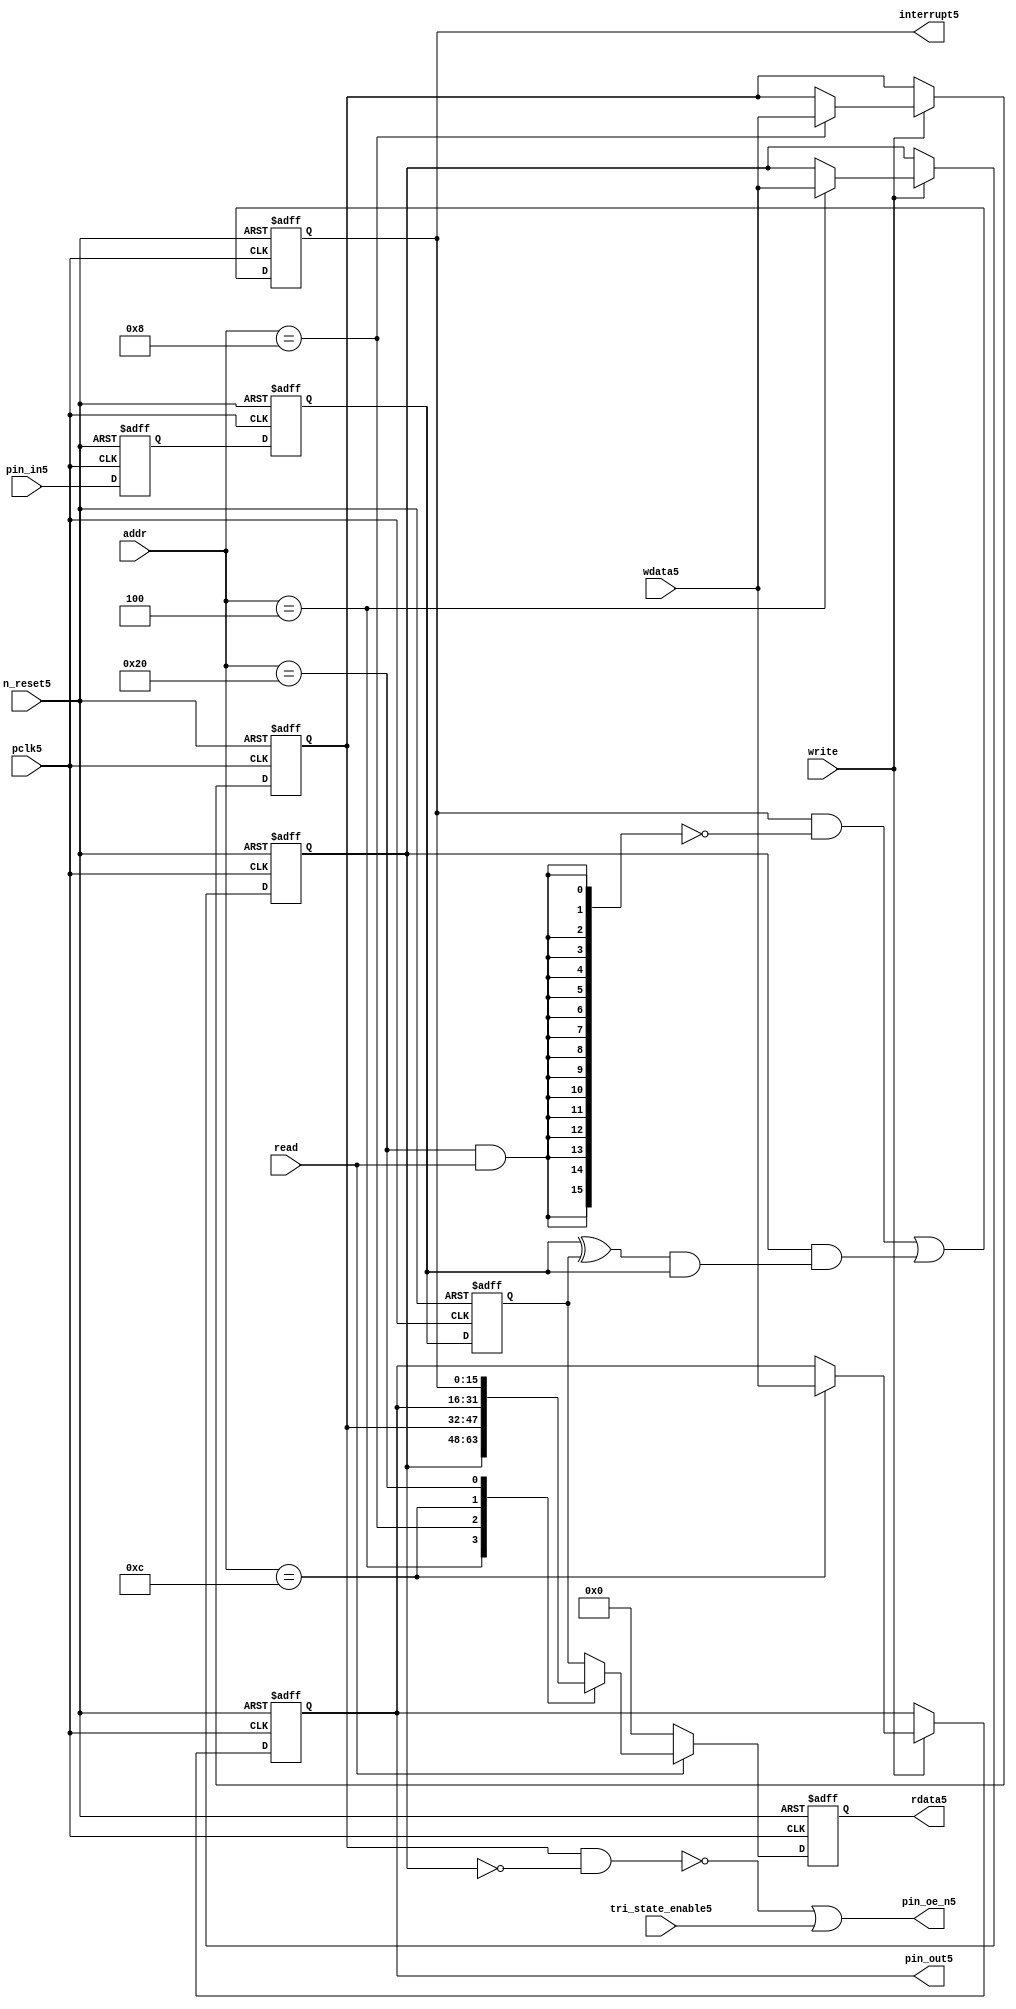
//File5 name   : gpio_lite_subunit5.v
//Title5       : 
//Created5     : 1999
//Description5 : Parametrised5 GPIO5 pin5 circuits5
//Notes5       : 
//----------------------------------------------------------------------
//   Copyright5 1999-2010 Cadence5 Design5 Systems5, Inc5.
//   All Rights5 Reserved5 Worldwide5
//
//   Licensed5 under the Apache5 License5, Version5 2.0 (the
//   "License5"); you may not use this file except5 in
//   compliance5 with the License5.  You may obtain5 a copy of
//   the License5 at
//
//       http5://www5.apache5.org5/licenses5/LICENSE5-2.0
//
//   Unless5 required5 by applicable5 law5 or agreed5 to in
//   writing, software5 distributed5 under the License5 is
//   distributed5 on an "AS5 IS5" BASIS5, WITHOUT5 WARRANTIES5 OR5
//   CONDITIONS5 OF5 ANY5 KIND5, either5 express5 or implied5.  See
//   the License5 for the specific5 language5 governing5
//   permissions5 and limitations5 under the License5.
//----------------------------------------------------------------------


module gpio_lite_subunit5(
  //Inputs5

  n_reset5,
  pclk5,

  read,
  write,
  addr,

  wdata5,
  pin_in5,

  tri_state_enable5,

  //Outputs5
 
  interrupt5,

  rdata5,
  pin_oe_n5,
  pin_out5

);
 
   // Inputs5
   
   // Clocks5   
   input n_reset5;            // asynch5 reset, active low5
   input pclk5;               // Ppclk5

   // Controls5
   input read;               // select5 GPIO5 read
   input write;              // select5 GPIO5 write
   input [5:0] 
         addr;               // address bus of selected master5

   // Dataflow5
   input [15:0]
         wdata5;              // GPIO5 Input5
   input [15:0]
         pin_in5;             // input data from pin5

   //Design5 for Test5 Inputs5
   input [15:0]
         tri_state_enable5;   // disables5 op enable -> Z5




   
   // Outputs5
   
   // Controls5
   output [15:0]
          interrupt5;         // interupt5 for input pin5 change

   // Dataflow5
   output [15:0]
          rdata5;             // GPIO5 Output5
   output [15:0]
          pin_oe_n5;          // output enable signal5 to pin5
   output [15:0]
          pin_out5;           // output signal5 to pin5
   



   
   // Registers5 in module

   //Define5 Physical5 registers in amba_unit5
   reg    [15:0]
          direction_mode5;     // 1=Input5 0=Output5              RW
   reg    [15:0]
          output_enable5;      // Output5 active                 RW
   reg    [15:0]
          output_value5;       // Value outputed5 from reg       RW
   reg    [15:0]
          input_value5;        // Value input from bus          R
   reg    [15:0]
          int_status5;         // Interrupt5 status              R

   // registers to remove metastability5
   reg    [15:0]
          s_synch5;            //stage_two5
   reg    [15:0]
          s_synch_two5;        //stage_one5 - to ext pin5
   
   
    
          
   // Registers5 for outputs5
   reg    [15:0]
          rdata5;              // prdata5 reg
   wire   [15:0]
          pin_oe_n5;           // gpio5 output enable
   wire   [15:0]
          pin_out5;            // gpio5 output value
   wire   [15:0]
          interrupt5;          // gpio5 interrupt5
   wire   [15:0]
          interrupt_trigger5;  // 1 sets5 interrupt5 status
   reg    [15:0]
          status_clear5;       // 1 clears5 interrupt5 status
   wire   [15:0]
          int_event5;          // 1 detects5 an interrupt5 event

   integer ia5;                // loop variable
   


   // address decodes5
   wire   ad_direction_mode5;  // 1=Input5 0=Output5              RW
   wire   ad_output_enable5;   // Output5 active                 RW
   wire   ad_output_value5;    // Value outputed5 from reg       RW
   wire   ad_int_status5;      // Interrupt5 status              R
   
//Register addresses5
//If5 modifying5 the APB5 address (PADDR5) width change the following5 bit widths5
parameter GPR_DIRECTION_MODE5   = 6'h04;       // set pin5 to either5 I5 or O5
parameter GPR_OUTPUT_ENABLE5    = 6'h08;       // contains5 oe5 control5 value
parameter GPR_OUTPUT_VALUE5     = 6'h0C;       // output value to be driven5
parameter GPR_INPUT_VALUE5      = 6'h10;       // gpio5 input value reg
parameter GPR_INT_STATUS5       = 6'h20;       // Interrupt5 status register

//Reset5 Values5
//If5 modifying5 the GPIO5 width change the following5 bit widths5
//parameter GPRV_RSRVD5            = 32'h0000_0000; // Reserved5
parameter GPRV_DIRECTION_MODE5  = 32'h00000000; // Default to output mode
parameter GPRV_OUTPUT_ENABLE5   = 32'h00000000; // Default 3 stated5 outs5
parameter GPRV_OUTPUT_VALUE5    = 32'h00000000; // Default to be driven5
parameter GPRV_INPUT_VALUE5     = 32'h00000000; // Read defaults5 to zero
parameter GPRV_INT_STATUS5      = 32'h00000000; // Int5 status cleared5



   //assign ad_bypass_mode5    = ( addr == GPR_BYPASS_MODE5 );   
   assign ad_direction_mode5 = ( addr == GPR_DIRECTION_MODE5 );   
   assign ad_output_enable5  = ( addr == GPR_OUTPUT_ENABLE5 );   
   assign ad_output_value5   = ( addr == GPR_OUTPUT_VALUE5 );   
   assign ad_int_status5     = ( addr == GPR_INT_STATUS5 );   

   // assignments5
   
   assign interrupt5         = ( int_status5);

   assign interrupt_trigger5 = ( direction_mode5 & int_event5 ); 

   assign int_event5 = ((s_synch5 ^ input_value5) & ((s_synch5)));

   always @( ad_int_status5 or read )
   begin : p_status_clear5

     for ( ia5 = 0; ia5 < 16; ia5 = ia5 + 1 )
     begin

       status_clear5[ia5] = ( ad_int_status5 & read );

     end // for ia5

   end // p_status_clear5

   // p_write_register5 : clocked5 / asynchronous5
   //
   // this section5 contains5 all the code5 to write registers

   always @(posedge pclk5 or negedge n_reset5)
   begin : p_write_register5

      if (~n_reset5)
      
       begin
         direction_mode5  <= GPRV_DIRECTION_MODE5;
         output_enable5   <= GPRV_OUTPUT_ENABLE5;
         output_value5    <= GPRV_OUTPUT_VALUE5;
       end
      
      else 
      
       begin
      
         if (write == 1'b1) // Write value to registers
      
          begin
              
            // Write Mode5
         
            if ( ad_direction_mode5 ) 
               direction_mode5 <= wdata5;
 
            if ( ad_output_enable5 ) 
               output_enable5  <= wdata5;
     
            if ( ad_output_value5 )
               output_value5   <= wdata5;

              

           end // if write
         
       end // else: ~if(~n_reset5)
      
   end // block: p_write_register5



   // p_metastable5 : clocked5 / asynchronous5 
   //
   // This5 process  acts5 to remove  metastability5 propagation
   // Only5 for input to GPIO5
   // In Bypass5 mode pin_in5 passes5 straight5 through

   always @(posedge pclk5 or negedge n_reset5)
      
   begin : p_metastable5
      
      if (~n_reset5)
        begin
         
         s_synch5       <= {16 {1'b0}};
         s_synch_two5   <= {16 {1'b0}};
         input_value5   <= GPRV_INPUT_VALUE5;
         
        end // if (~n_reset5)
      
      else         
        begin
         
         input_value5   <= s_synch5;
         s_synch5       <= s_synch_two5;
         s_synch_two5   <= pin_in5;

        end // else: ~if(~n_reset5)
      
   end // block: p_metastable5


   // p_interrupt5 : clocked5 / asynchronous5 
   //
   // These5 lines5 set and clear the interrupt5 status

   always @(posedge pclk5 or negedge n_reset5)
   begin : p_interrupt5
      
      if (~n_reset5)
         int_status5      <= GPRV_INT_STATUS5;
      
      else 
         int_status5      <= ( int_status5 & ~(status_clear5) // read & clear
                            ) |
                            interrupt_trigger5;             // new interrupt5
        
   end // block: p_interrupt5
   
   
   // p_read_register5  : clocked5 / asynchronous5 
   //
   // this process registers the output values

   always @(posedge pclk5 or negedge n_reset5)

      begin : p_read_register5
         
         if (~n_reset5)
         
           begin

            rdata5 <= {16 {1'b0}};

           end
           
         else //if not reset
         
           begin
         
            if (read == 1'b1)
            
              begin
            
               case (addr)
            
                  
                  GPR_DIRECTION_MODE5:
                     rdata5 <= direction_mode5;
                  
                  GPR_OUTPUT_ENABLE5:
                     rdata5 <= output_enable5;
                  
                  GPR_OUTPUT_VALUE5:
                     rdata5 <= output_value5;
                  
                  GPR_INT_STATUS5:
                     rdata5 <= int_status5;
                  
                  default: // if GPR_INPUT_VALUE5 or unmapped reg addr
                     rdata5 <= input_value5;
            
               endcase
            
              end //end if read
            
            else //in not read
            
              begin // if not a valid read access, keep5 '0'-s 
              
               rdata5 <= {16 {1'b0}};
              
              end //end if not read
              
           end //end else if not reset

      end // p_read_register5


   assign pin_out5 = 
        ( output_value5 ) ;
     
   assign pin_oe_n5 = 
      ( ( ~(output_enable5 & ~(direction_mode5)) ) |
        tri_state_enable5 ) ;

                
  
endmodule // gpio_subunit5